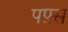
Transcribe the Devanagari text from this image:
पफ़्स